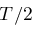
T / 2